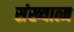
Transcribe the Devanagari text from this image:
संख्यात्म